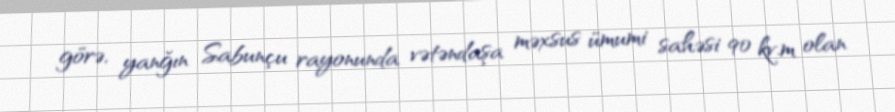
görə, yanğın Sabunçu rayonunda vətəndaşa məxsus ümumi sahəsi 90 kv.m olan